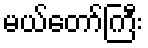
မယ်တော်ကြီး